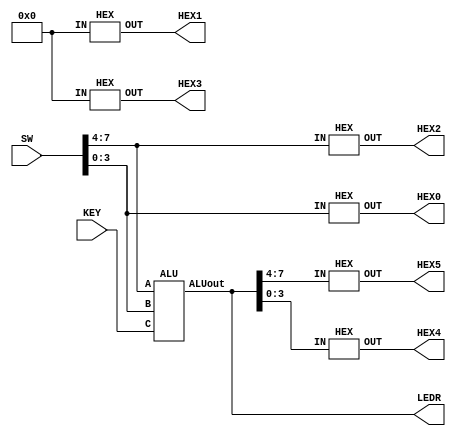
`timescale 1ns/1ns

module fullALU ( SW, KEY, LEDR, HEX0, HEX1, HEX2, HEX3, HEX4, HEX5 );

	input  [7:0] SW;
	input  [2:0] KEY;
			
	output [7:0] LEDR;
	output [6:0] HEX0;
	output [6:0] HEX1;
	output [6:0] HEX2;
	output [6:0] HEX3;
	output [6:0] HEX4;
	output [6:0] HEX5;
			 
	wire [7:0] Output;
			
	ALU U0 ( .A(SW[7:4]), .B(SW[3:0]), .C(KEY[2:0]), .ALUout( Output[7:0] ) );

	assign LEDR[7:0] = Output[7:0];

	HEX U1( Output[7:4], HEX5 );

	HEX U2( Output[3:0], HEX4 );

	wire [3:0] ZERO;
	assign ZERO = 4'b0000;

	HEX U3 ( ZERO, HEX3 );
	HEX U4 ( ZERO, HEX1 );

	HEX U5 ( SW[7:4], HEX2 );
	HEX U6 ( SW[3:0], HEX0 );


endmodule 






module ALU ( A, B, C, ALUout );

input [3:0] A;
input [3:0] B;
input [2:0] C;
output reg [7:0] ALUout;

//have to invert the key inputs
//bc unpressed push button = 1
wire [2:0] pushButtons;
assign pushButtons = ~C;

//Adder output
wire [4:0] adderOutput;
fullAdder A1( .IN({A, B}) , .OUT(adderOutput) );


//modules used for counting 1's in A and B
wire [3:0] countA;
wire [3:0] countB;
count_ones C1(.number(A), .count(countA));
count_ones C2(.number(B), .count(countB));



always @(*)
	begin
	
		case( pushButtons )
			0: ALUout = adderOutput;
			1: ALUout = A + B;
			2: ALUout = { ~(A | B), ~(A & B) };
			3: begin
					if( A||B )
						ALUout = 8'b11000000;
					else
						ALUout = 8'b00000000;
				end
				
			4: begin
					
					if( countA == 2 && countB == 3)
						ALUout = 8'b00111111;
					else
						ALUout = 8'b00000000;
					
				end
			5: ALUout = { B, ~A };
			6: ALUout = { A ^ B, A ~^ B };
			default: ALUout = 8'b00000000;
		endcase
	end

endmodule 






module count_ones(number,count);

   input [3:0] number;
   output reg [3:0] count;
	integer i;
	 
	always @ (*) 
		begin
		
			 count = 0;
			 
			 for (i = 0; i < 4; i = i + 1) 
				  if (number[i] == 1'b1) 
						count = count + 1;
				   
		end

endmodule





module fullAdder ( IN , OUT );

 input [7:0] IN;
 output [4:0] OUT;
 wire w0, w1, w2;

 adder U1 ( .a(IN[4]), .b(IN[0]), .cin(1'b0), .s(OUT[0]), .cout(w0) );
 adder U2 ( .a(IN[5]), .b(IN[1]), .cin(w0), .s(OUT[1]), .cout(w1) );
 adder U3 ( .a(IN[6]), .b(IN[2]), .cin(w1), .s(OUT[2]), .cout(w2) );
 adder U4 ( .a(IN[7]), .b(IN[3]), .cin(w2), .s(OUT[3]), .cout(OUT[4]) );

endmodule





module adder ( input a, b, cin, output s, cout );

 assign s = a ^ b ^ cin;
 assign cout = (a&b) + (b&cin) + (a&cin);

endmodule




module h0 (input p0, p1, p2, p3, output p4);

assign p4 = ~( ( (~p0)|p1|p2|p3 )&( p0|p1|(~p2)|p3 )&( (~p0)|(~p1)|p2|(~p3) )&( (~p0)|p1|(~p2)|(~p3) ) );

endmodule 

module h1 (input p0, p1, p2, p3, output p4);

assign p4 = ~( ( (~p0)|p1|(~p2)|p3 )&( p0|(~p1)|(~p2)|p3 )&( (~p0)|(~p1)|p2|(~p3) )&( p0|p1|(~p2)|(~p3) )&( p0|(~p1)|(~p2)|(~p3) )&( (~p0)|(~p1)|(~p2)|(~p3) ) );

endmodule 

module h2 (input p0, p1, p2, p3, output p4);

assign p4 = ~( ( p0|(~p1)|p2|p3 )&( p0|p1|(~p2)|(~p3) )&( p0|(~p1)|(~p2)|(~p3) )&( (~p0)|(~p1)|(~p2)|(~p3) ) );

endmodule 

module h3 (input p0, p1, p2, p3, output p4);

assign p4 = ~( ( (~p0)|p1|p2|p3 )&( p0|p1|(~p2)|p3 )&( (~p0)|(~p1)|(~p2)|p3 )&( (~p0)|p1|p2|(~p3) )&( p0|(~p1)|p2|(~p3) )&( (~p0)|(~p1)|(~p2)|(~p3) ) );

endmodule 

module h4 (input p0, p1, p2, p3, output p4);

assign p4 = ~( ( (~p0)|p1|p2|p3 )&( (~p0)|(~p1)|p2|p3 )&( p0|p1|(~p2)|p3 )&( (~p0)|p1|(~p2)|p3 )&( (~p0)|(~p1)|(~p2)|p3 )&( (~p0)|p1|p2|(~p3) ) );

endmodule 

module h5 (input p0, p1, p2, p3, output p4);

assign p4 = ~( ( (~p0)|p1|p2|p3 )&( p0|(~p1)|p2|p3 )&( (~p0)|(~p1)|p2|p3 )&( (~p0)|(~p1)|(~p2)|p3)&( (~p0)|p1|(~p2)|(~p3) ) );

endmodule 

module h6 (input p0, p1, p2, p3, output p4);

assign p4 = ~( ( p0|p1|p2|p3 )&( (~p0)|p1|p2|p3 )&( (~p0)|(~p1)|(~p2)|p3 )&( p0|p1|(~p2)|(~p3) ) );

endmodule 




module HEX( IN, OUT );  

input [3:0] IN;
output [6:0] OUT;

h0 U1( .p0(IN[0]), .p1(IN[1]), .p2(IN[2]), .p3(IN[3]), .p4(OUT[0]) );
h1 U2( .p0(IN[0]), .p1(IN[1]), .p2(IN[2]), .p3(IN[3]), .p4(OUT[1]) );
h2 U3( .p0(IN[0]), .p1(IN[1]), .p2(IN[2]), .p3(IN[3]), .p4(OUT[2]) );
h3 U4( .p0(IN[0]), .p1(IN[1]), .p2(IN[2]), .p3(IN[3]), .p4(OUT[3]) );
h4 U5( .p0(IN[0]), .p1(IN[1]), .p2(IN[2]), .p3(IN[3]), .p4(OUT[4]) );
h5 U6( .p0(IN[0]), .p1(IN[1]), .p2(IN[2]), .p3(IN[3]), .p4(OUT[5]) );	
h6 U7( .p0(IN[0]), .p1(IN[1]), .p2(IN[2]), .p3(IN[3]), .p4(OUT[6]) );

endmodule